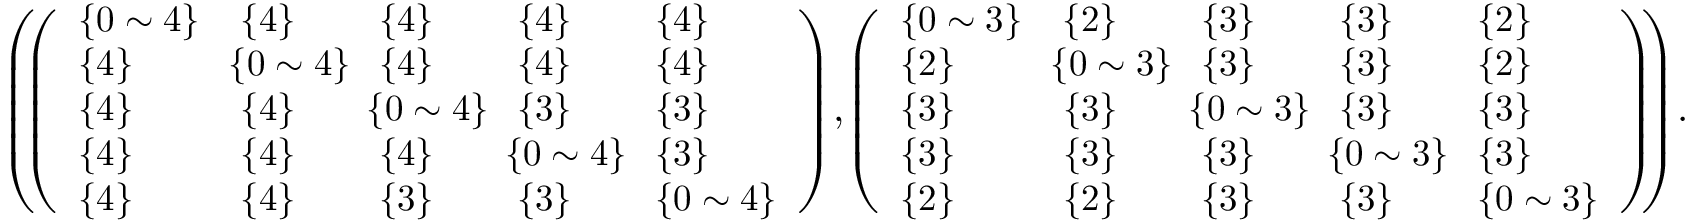
\begin{array} { r } { \small { \left( \! \! \left( \begin{array} { l l l l l } { \{ 0 \sim 4 \} } & { \{ 4 \} } & { \{ 4 \} } & { \{ 4 \} } & { \{ 4 \} } \\ { \{ 4 \} } & { \! \! \{ 0 \sim 4 \} \! \! } & { \{ 4 \} } & { \{ 4 \} } & { \{ 4 \} } \\ { \{ 4 \} } & { \{ 4 \} } & { \! \! \{ 0 \sim 4 \} \! \! } & { \{ 3 \} } & { \{ 3 \} } \\ { \{ 4 \} } & { \{ 4 \} } & { \{ 4 \} } & { \! \! \{ 0 \sim 4 \} \! \! } & { \{ 3 \} } \\ { \{ 4 \} } & { \{ 4 \} } & { \{ 3 \} } & { \{ 3 \} } & { \{ 0 \sim 4 \} } \end{array} \right) \! , \! \left( \begin{array} { l l l l l } { \{ 0 \sim 3 \} } & { \{ 2 \} } & { \{ 3 \} } & { \{ 3 \} } & { \{ 2 \} } \\ { \{ 2 \} } & { \! \! \{ 0 \sim 3 \} \! \! } & { \{ 3 \} } & { \{ 3 \} } & { \{ 2 \} } \\ { \{ 3 \} } & { \{ 3 \} } & { \! \! \{ 0 \sim 3 \} \! \! } & { \{ 3 \} } & { \{ 3 \} } \\ { \{ 3 \} } & { \{ 3 \} } & { \{ 3 \} } & { \! \! \{ 0 \sim 3 \} \! \! } & { \{ 3 \} } \\ { \{ 2 \} } & { \{ 2 \} } & { \{ 3 \} } & { \{ 3 \} } & { \{ 0 \sim 3 \} } \end{array} \right) \! \! \right) \! . } } \end{array}